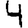
Digit: 4